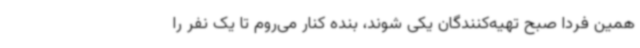
همین فردا صبح تهیه‌کنندگان یکی شوند، بنده کنار می‌روم تا یک نفر را